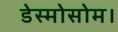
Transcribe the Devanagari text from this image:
डेस्मोसोम।